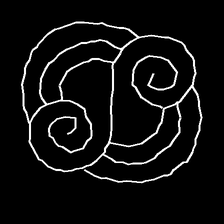
Glyph: wind-underfoot